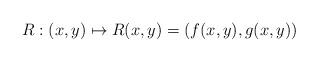
LaTeX: \begin{align*}R : (x,y) \mapsto R(x,y) = (f(x,y),g(x,y))\end{align*}